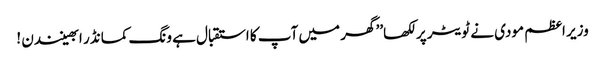
وزیر اعظم مودی نے ٹویٹر پر لکھا’’ گھر میں آپ کا استقبال ہے ونگ کمانڈر ابھینندن !